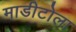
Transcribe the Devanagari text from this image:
माडीटोला